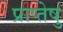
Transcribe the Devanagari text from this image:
प्राप्तेषु